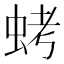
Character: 𮔁